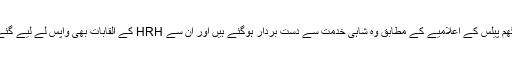
برمنگھم پیلس کے اعلامیے کے مطابق وہ شاہی خدمت سے دست بردار ہوگئے ہیں اور ان سے HRH کے القابات بھی واپس لے لیے گئے ہیں۔